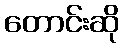
တောင်းဆို